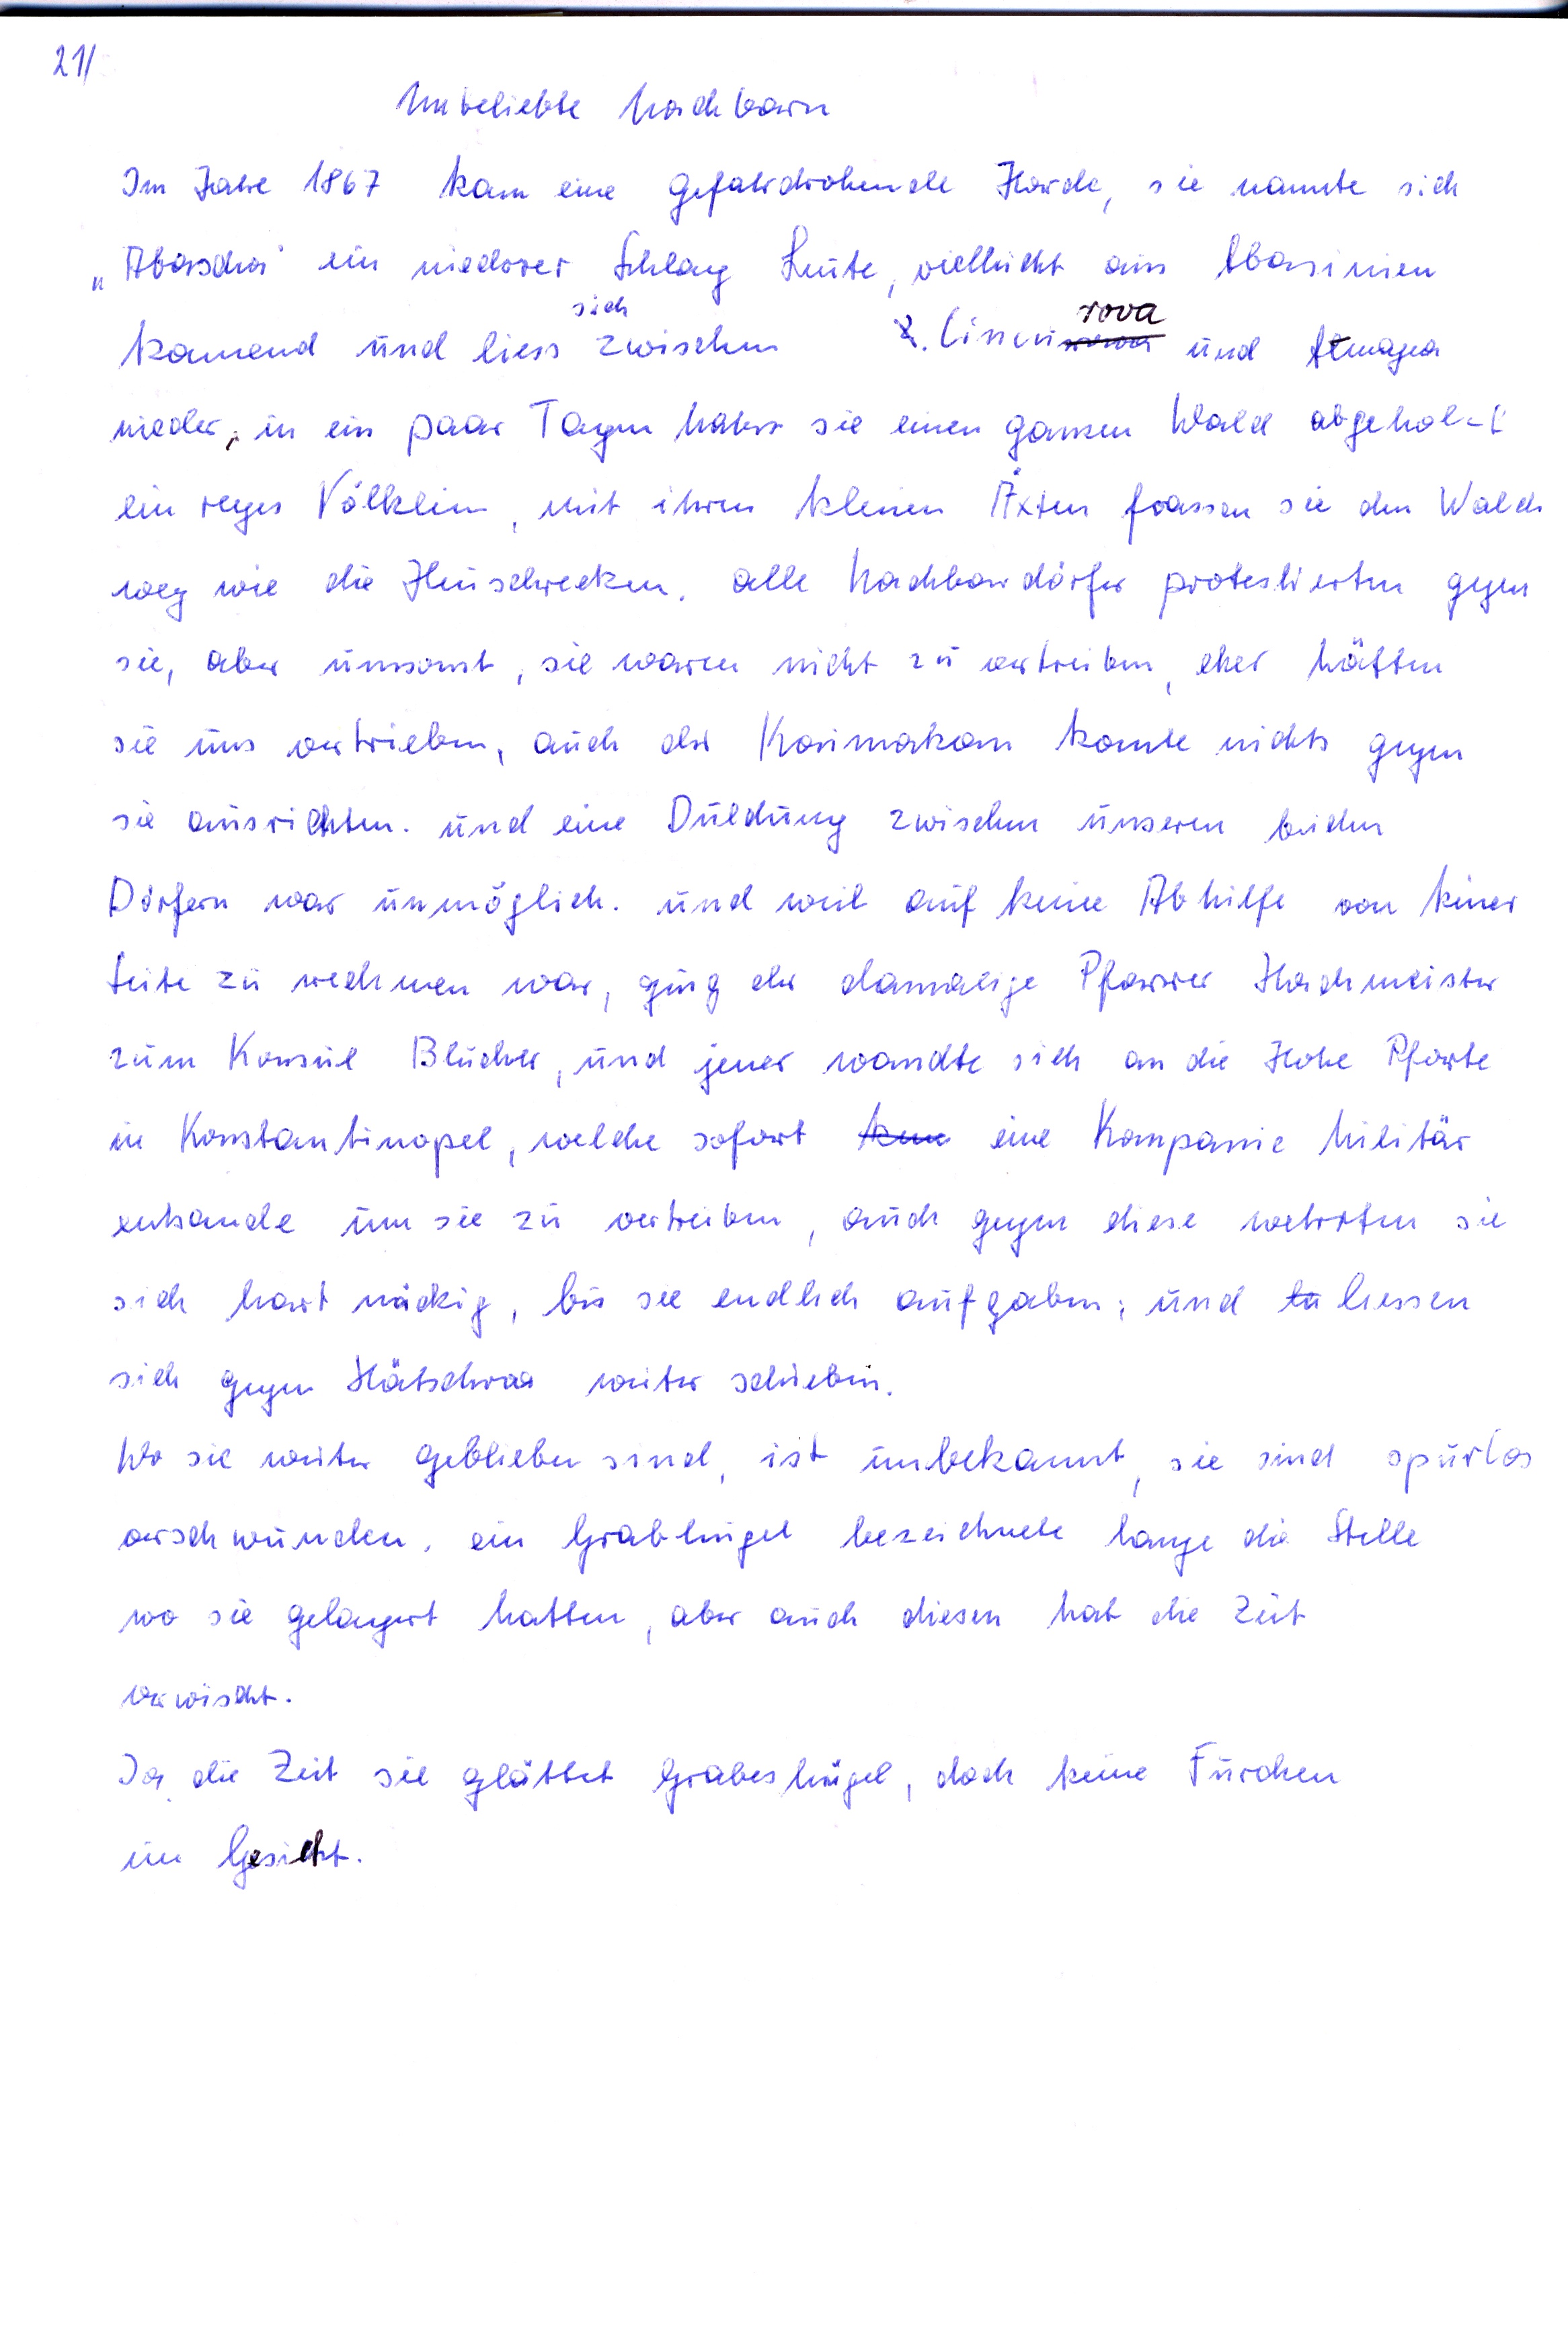
21)

Unbeliebte Nachbarn
In Jahre 1867 kam eine gefahrdrohende Horde, sie nannte sich
"Abascha" ein niederer Schlag Leute, vielleicht aus Abasinien
sich
rova
kommend und liess zwischem Ciucu und Atmagea
nieder, in ein paar Tagen haben sie einen ganen Wald abgeholzt
ein reges Völklein mit ihren kleinen Äxten frassen sie den Wald
weg wie die Heuschrecken. alle Nachbardörfer protestierten gegen
sie, aber umsonst, sie waren nicht zu vertreiben aber hätten
sie uns vertrieben, auch der Kaimakan konte nichts gegen
sie ausrichten. und eine Duldung zwischen unseren beiden
Dörfern war unmöglich und weil auf keine Abhilfe von keiner
Seite zu rechnen war , ging der damalige Pfarrer Haichmeister
zum Konsul Blücher, und jener wandte sich an die Hohe Pforte
in Konstantinopel, welche sofort ken eine Kompanie Militär
entsande um sie zu vertreiben, auch gegen diese wehreten sie
sich hart näckig, bis sie endlich auf gaben, und li liessen
sich gegen Hätschra weiter schieben.
Wo sie weiter geblieben sind ist unbekannt sie sind spurlos
verschwunden  ein Grabhügel bezeichnete lange die Stelle
wo sie gelagert hatten, aber auch diesen hat die Zeit
verwischt.
Ja die Zeit sie glättet Grabeshügel , doch keine Furchen
im Gesicht